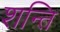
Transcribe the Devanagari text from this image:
शन्ति